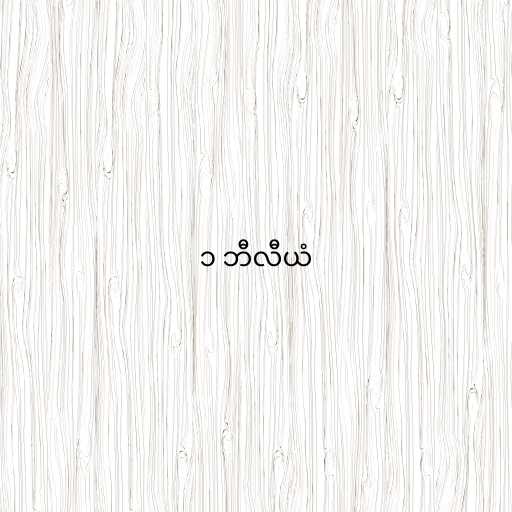
၁ ဘီလီယံ